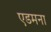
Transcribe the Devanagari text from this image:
एडमना